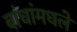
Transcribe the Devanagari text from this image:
बांधांमधले